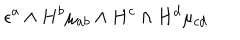
LaTeX: \epsilon ^ { a } \wedge H ^ { b } \mu _ { a b } \wedge H ^ { c } \wedge H ^ { d } \mu _ { c d }